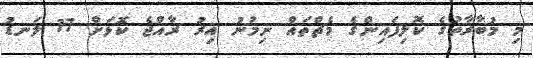
މި މުބާރާތުގެ ކޮލިފައިންގެ މެޗްތައް ނިމުނު އިރު ރާއްޖެ ކޮޅަށް 17 ލަނޑު